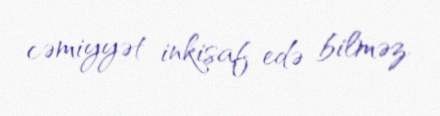
cəmiyyət inkişaf edə bilməz.